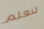
لنعلم